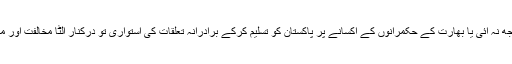
لیکن شومئی قسمت کہ افغانستان کے اس وقت کے حکمرانوں کو یہ بات سمجھ نہ آئی یا بھارت کے حکمرانوں کے اکسانے پر پاکستان کو تسلیم کرکے برادرانہ تعلقات کی استواری تو درکنار اُلٹا مخالفت اور میران شاہ کے سرحدی علاقوں پر قبضہ کرنے کیلئے باقاعدہ حملہ کر بیٹھے۔